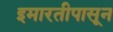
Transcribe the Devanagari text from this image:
इमारतीपासून